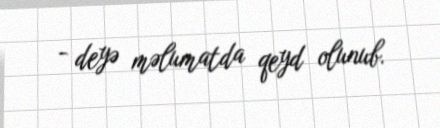
- deyə məlumatda qeyd olunub.